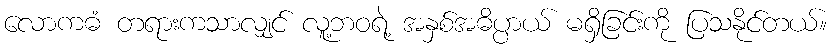
လောကဓံ တရားကသာလျှင် လူ့ဘဝရဲ့ အနှစ်အဓိပ္ပာယ် မရှိခြင်းကို ပြသနိုင်တယ်။